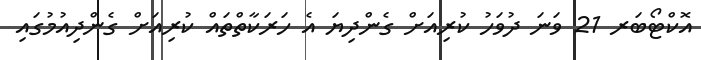
އޮކްޓޯބަރ 21 ވަނަ ދުވަހު ކުރިއަށް ގެންދިޔަ އެ ހަރަކާތްތައް ކުރިއަށް ގެންދިއުމުގައި